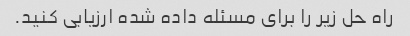
راه حل زیر را برای مسئله داده شده ارزیابی کنید.